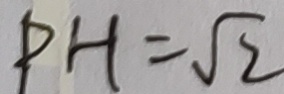
P H = \sqrt { 2 }